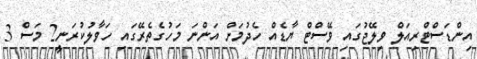
އިންޑަސްޓްރިއަލް ވިލޭޖުގައި ވޭސްޓް ޔާޑެއް ހެދުމަށް އަންނަ މަހުގެތެރޭގައި ހަވާލުކުރަނީ2 މަސް 3